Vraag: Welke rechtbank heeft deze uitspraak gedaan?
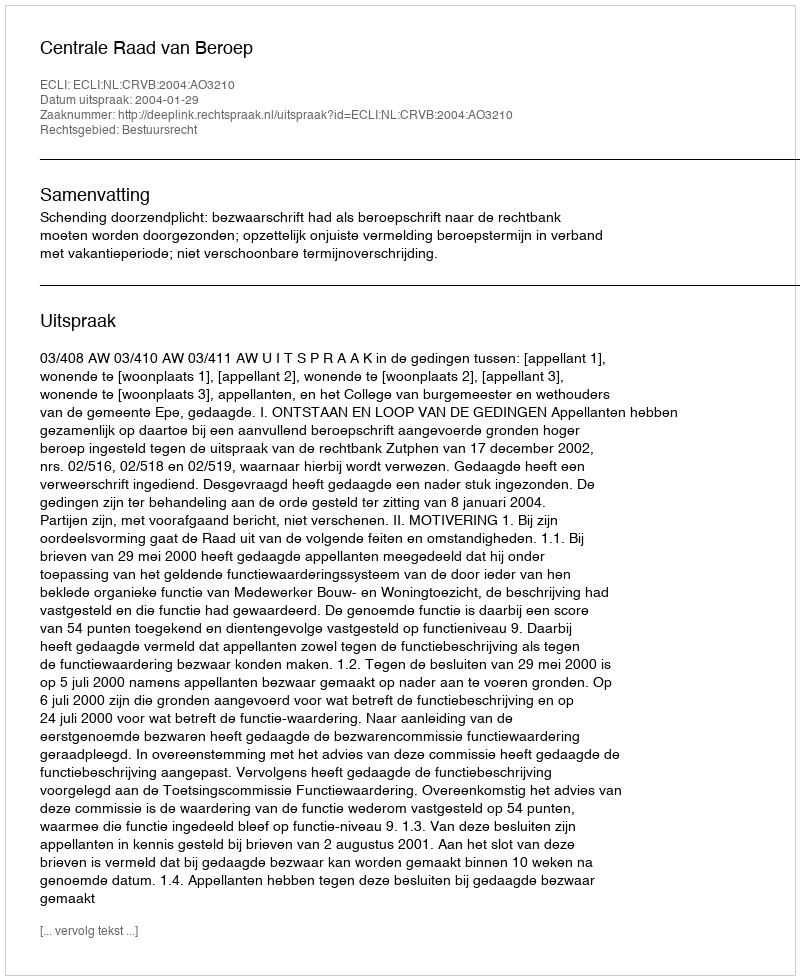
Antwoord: Centrale Raad van Beroep